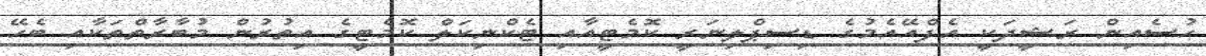
ހުސެއިން ރަޝީދަކީ އެފްއޭއެމުގެ ޑިސިޕްލިނަރީ ކޮމެޓީއާއި ޓެކްނިކަލް ކޮމެޓީގެ އިތުރުން މުބާރާތްތަކާއި ބެހޭ